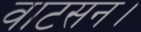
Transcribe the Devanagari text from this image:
वाटसन।